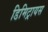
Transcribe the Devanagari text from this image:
डिमिट्रायस